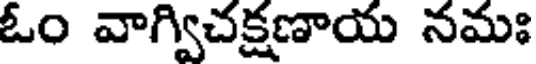
ఓం వాగ్విచక్షణాయ నమః